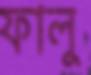
ফালু